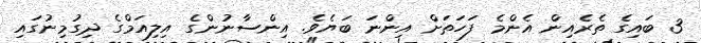
3 ބައިގެ ތެރެއިން އެންމެ ފަހަތަށް އިންނަ ބަޔެވެ. އިންސާނުންގެ އިލިއަމްގެ ދިގުމިނުގައި